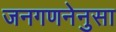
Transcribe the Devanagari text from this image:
जनगणनेनुसा